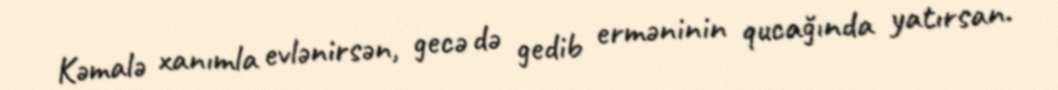
Kəmalə xanımla evlənirsən, gecə də gedib erməninin qucağında yatırsan.